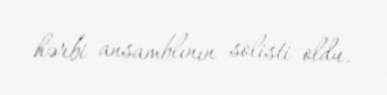
hərbi ansamblının solisti oldu.